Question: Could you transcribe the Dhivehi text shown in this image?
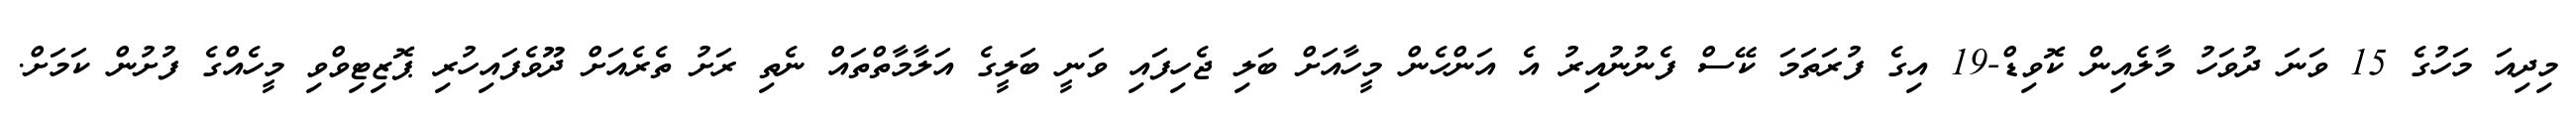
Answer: މިދިއަ މަހުގެ 15 ވަނަ ދުވަހު މާލެއިން ކޮވިޑް-19 އިގެ ފުރަތަމަ ކޭސް ފެނުނުއިރު އެ އަންހެން މީހާއަށް ބަލި ޖެހިފައި ވަނީ ބަލީގެ އަލާމާތްތައް ނެތި ރަށު ތެރެއަށް ދޫވެފައިހުރި ޕޮޒިޓިވްވި މީހެއްގެ ފުށުން ކަމަށް.